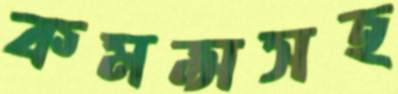
কমন্সসহ